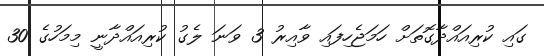
ގައި ކުރިއައްދާގޮތަށް ހަމަޖެހިފައި ވާއިރު 3 ވަނަ ލެގު ކުރިއައްދާނީ މިމަހުގެ 30